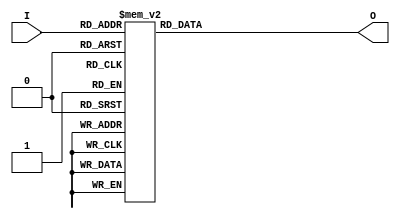
module klingon_func(
  input [3:0] I,
  output [6:0] O
);

  reg [6:0] seg_out;

  always @(*) begin
    case (I)
      4'b0000: seg_out = 7'b1111110;
      4'b0001: seg_out = 7'b1000000;
      4'b0010: seg_out = 7'b1000001;
      4'b0011: seg_out = 7'b1001001;
      4'b0100: seg_out = 7'b0100011;
      4'b0101: seg_out = 7'b0011101;
      4'b0110: seg_out = 7'b0100101;
      4'b0111: seg_out = 7'b0000111;
      4'b1000: seg_out = 7'b0100111;
      4'b1001: seg_out = 7'b0101111;
      default: seg_out = 7'b0000000;
    endcase
  end

  assign O = seg_out;

endmodule